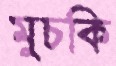
মুচকি